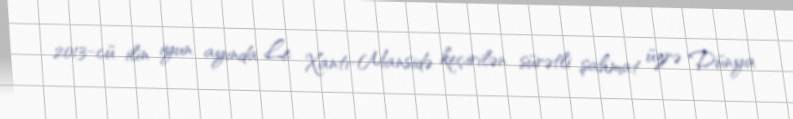
2013-cü ilin iyun ayında Le Xantı-Mansidə keçirilən sürətli şahmat üzrə Dünya